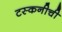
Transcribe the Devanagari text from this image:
टस्कनीची